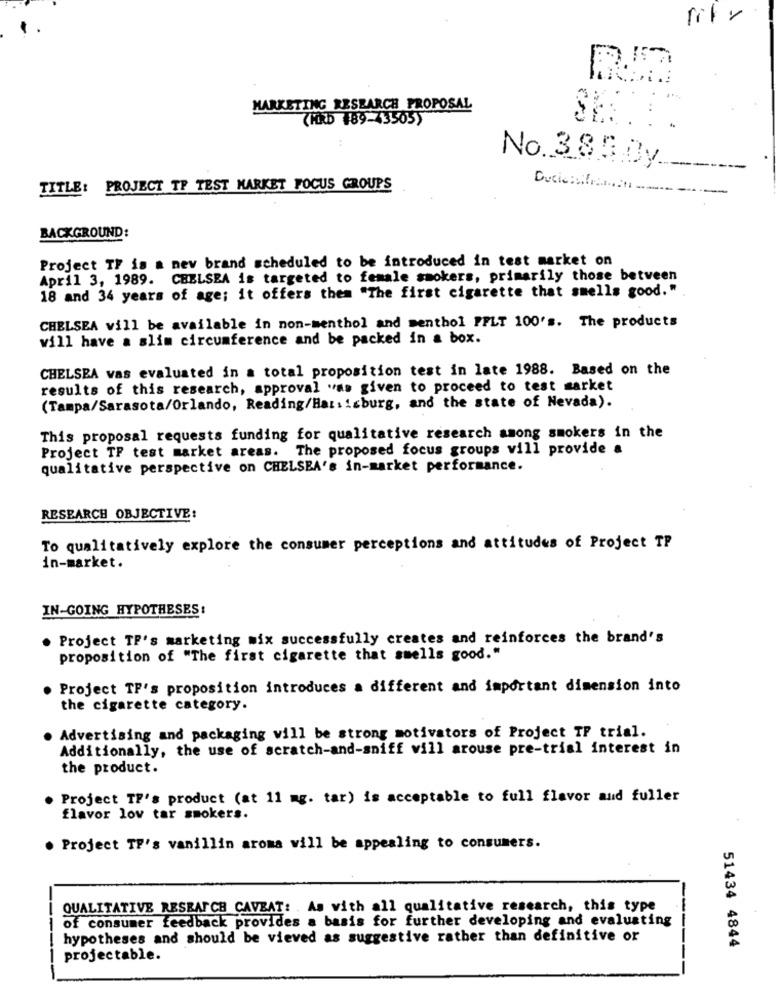
rifr.
MARKETING RESEARCH PROPOSAL
(HRD #89-43505)
No.385.By
TITLE: PROJECT TF TEST MARKET FOCUS GROUPS
BACKGROUND:
Project TF is a nev brand scheduled to be introduced in test market on
April 3, 1989. CHELSEA is targeted to female smokers, primarily those between
18 and 34 years of age; it offers them "The first cigarette that smells good."
CHELSEA will be available in non-menthol and menthol PFLT 100's. The products
will have a slim circumference and be packed in a box.
CHELSEA vas evaluated in a total proposition test in late 1988. Based on the
results of this research, approval was given to proceed to test market
(Tampa/Sarasota/Orlando, Reading/Hat : isburg, and the state of Nevada).
This proposal requests funding for qualitative research among smokers in the
Project TP test market areas. The proposed focus groups vill provide a
qualitative perspective on CHELSEA's in-market performance.
RESEARCH OBJECTIVE:
To qualitatively explore the consumer perceptions and attitudes of Project TP
in-market.
IN-GOING HYPOTHESES:
Project TF's marketing mix successfully creates and reinforces the brand's
proposition of "The first cigarette that smells good."
Project TP's proposition introduces a different and important dimension into
the cigarette category.
Advertising and packaging will be strong motivators of Project TP trial.
Additionally, the use of scratch-and-sniff vill arouse pre-trial interest in
the product.
Project TF's product (at 11 mg. tar) is acceptable to full flavor and fuller
flavor lov tar smokers.
Project TF's vanillin aroma will be appealing to consumers.
QUALITATIVE RESEARCH CAVEAT: . As with all qualitative research, this type
--
of consumer feedback provides a basis for further developing and evaluating
hypotheses and should be vieved as suggestive rather than definitive or
51434 4844
projectable.